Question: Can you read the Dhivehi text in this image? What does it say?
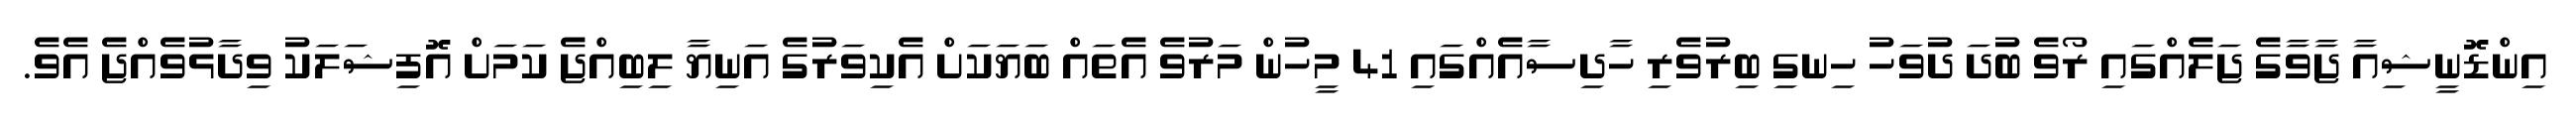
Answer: އިންޑޮނީޝިއާ ޖާވާގެ ޖަލެއްގައި ރޯވެ ބުދަ ދުވަހު ހިނގި ބިރުވެރި ހާދިސާއެއްގައި 41 މީހުން މަރުވެ އެތައް ބަޔަކަށް އެކިވަރުގެ އަނިޔާ ލިބިއްޖެ ކަމަށް އޮފިޝަލަކު ވިދާޅުވެއްޖެ އެވެ.